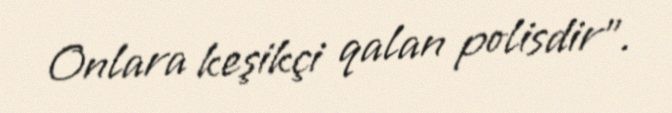
Onlara keşikçi qalan polisdir”.